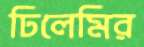
ঢিলেমির